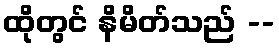
ထိုတွင် နိမိတ်သည် --